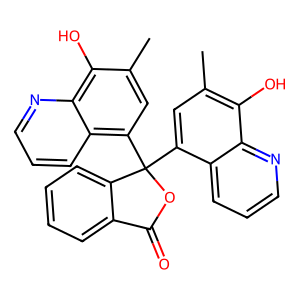
SMILES: Cc1cc(C2(c3cc(C)c(O)c4ncccc34)OC(=O)c3ccccc32)c2cccnc2c1O
Inhibits HIV replication: No